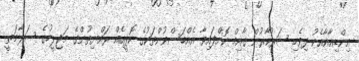
އިންޑިއާއާއެކު ދިވެހި ސަރުކާރުން ގާއިމް ކޮށްފައިވާ އެއްބަސްވުންތަކުގެ ކޮޕީއެއް ރައްޔިތުންގެ މަޖިލީހުގެ ސަލާމަތީ